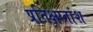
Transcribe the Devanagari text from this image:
प्रतिक्षप्तांश